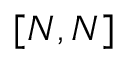
[ N , N ]